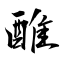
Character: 醀